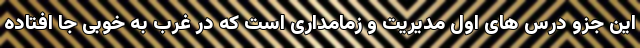
این جزو درس های اول مدیریت و زمامداری است که در غرب به خوبی جا افتاده